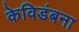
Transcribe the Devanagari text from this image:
केविडंबना